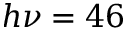
h \nu = 4 6